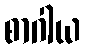
စာဂါယ